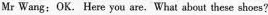
Mr Wang: OK. Here you are. What about these shoes?